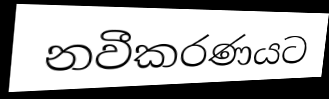
නවීකරණයට